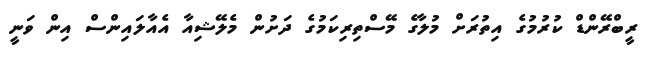
ރީބްރޭންޑް ކުރުމުގެ އިތުރަށް މުލާގެ މޭސްތިރިކަމުގެ ދަށުން މެލޭޝިއާ އެއާލައިންސް އިން ވަަނީ